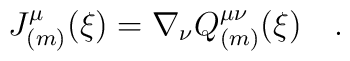
J_{(m)}^\mu(\xi)=\nabla_\nu Q_{(m)}^{\mu\nu}(\xi)~~~.